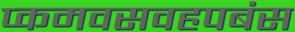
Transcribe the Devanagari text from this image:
प्कमवसवहपबंस